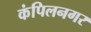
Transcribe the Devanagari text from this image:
कंपिलनगर